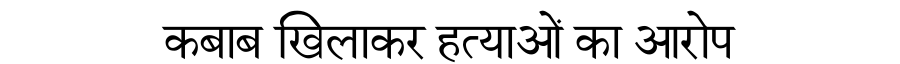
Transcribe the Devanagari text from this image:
कबाब खिलाकर हत्याओं का आरोप